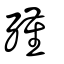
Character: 殣